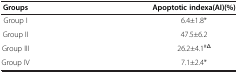
| Groups | Apoptotic indexa(AI)(%) |
 | --- | --- |
 | Group I | 6.4±1.8* |
 | Group II | 47.5±6.2 |
 | Group III | 26.2±4.1#Δ |
 | Group IV | 7.1±2.4* |